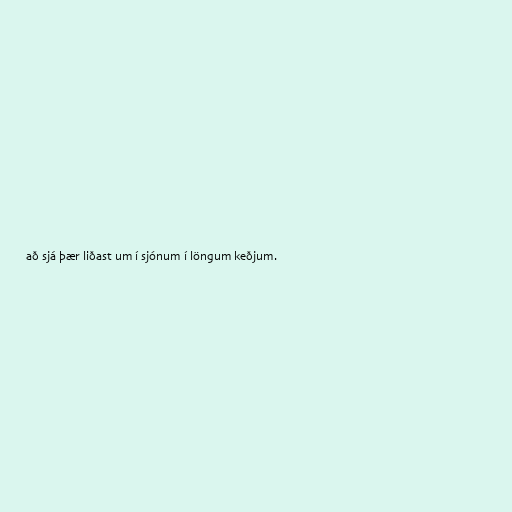
að sjá þær liðast um í sjónum í löngum keðjum.